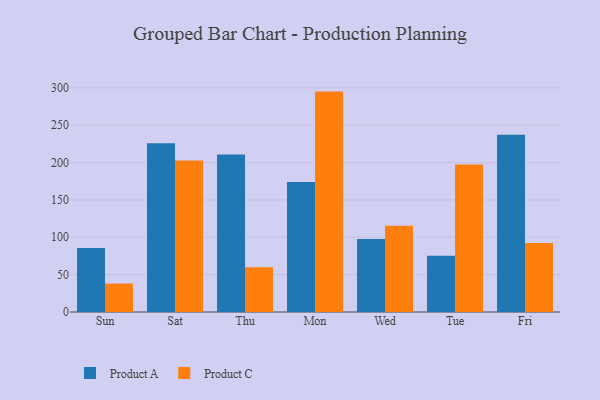
{"axis": {"x": "Day", "y": "Latency (ms)"}, "legend": ["Product A", "Product C"], "data": [{"x": "Sun", "y": 85.6, "type": "Product A"}, {"x": "Sun", "y": 38.1, "type": "Product C"}, {"x": "Sat", "y": 226.0, "type": "Product A"}, {"x": "Sat", "y": 202.9, "type": "Product C"}, {"x": "Thu", "y": 210.7, "type": "Product A"}, {"x": "Thu", "y": 59.8, "type": "Product C"}, {"x": "Mon", "y": 174.0, "type": "Product A"}, {"x": "Mon", "y": 295.0, "type": "Product C"}, {"x": "Wed", "y": 97.6, "type": "Product A"}, {"x": "Wed", "y": 115.6, "type": "Product C"}, {"x": "Tue", "y": 75.2, "type": "Product A"}, {"x": "Tue", "y": 197.3, "type": "Product C"}, {"x": "Fri", "y": 237.4, "type": "Product A"}, {"x": "Fri", "y": 92.4, "type": "Product C"}]}